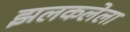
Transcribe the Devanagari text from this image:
झलकलेला